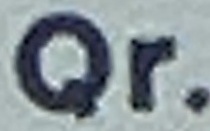
Qr.